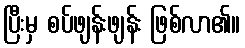
ပြီးမှ စပ်ဖျန်းဖျန်း ဖြစ်လာ၏။